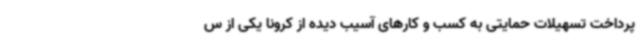
پرداخت تسهیلات حمایتی به کسب و کارهای آسیب دیده از کرونا یکی از س